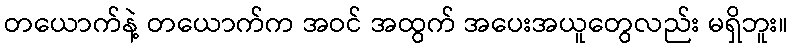
တယောက်နဲ့ တယောက်က အဝင် အထွက် အပေးအယူတွေလည်း မရှိဘူး။